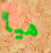
هيا